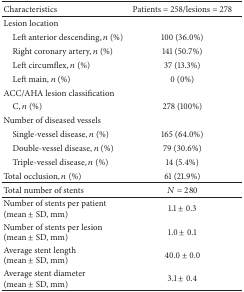
| Characteristics | Patients = 258/lesions = 278 |
 | --- | --- |
 | Lesion location |  |
 | Left anterior descending, n (%) | 100 (36.0%) |
 | Right coronary artery, n (%) | 141 (50.7%) |
 | Left circumflex, n (%) | 37 (13.3%) |
 | Left main, n (%) | 0 (0%) |
 | ACC/AHA lesion classification |  |
 | C, n (%) | 278 (100%) |
 | Number of diseased vessels |  |
 | Single-vessel disease, n (%) | 165 (64.0%) |
 | Double-vessel disease, n (%) | 79 (30.6%) |
 | Triple-vessel disease, n (%) | 14 (5.4%) |
 | Total occlusion, n (%) | 61 (21.9%) |
 | Total number of stents | N = 280 |
 | Number of stents per patient (mean ± SD, mm) | 1.1 ± 0.3 |
 | Number of stents per lesion (mean ± SD, mm) | 1.0 ± 0.1 |
 | Average stent length (mean ± SD, mm) | 40.0 ± 0.0 |
 | Average stent diameter (mean ± SD, mm) | 3.1 ± 0.4 |